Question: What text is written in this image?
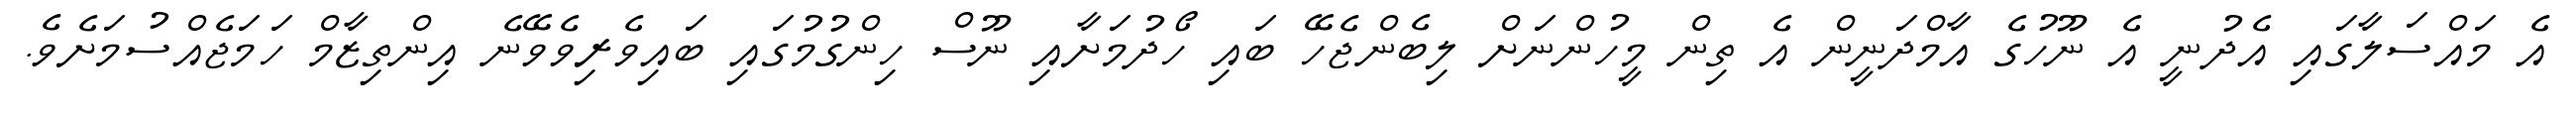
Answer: އެ މައްސަލާގައި އެދުނީ އެ ނޫހުގެ އާމްދަނީން އެ ތިން މީހުންނަށް ލިބެންޖެހޭ ބައި ހޯދުމަށާއި ނޫސް ހިންގުމުގައި ބައިވެރިވެވޭނެ އިންތިޒާމް ހަމަޖެއްސުމަށެވެ.